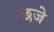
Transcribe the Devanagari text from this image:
छजे